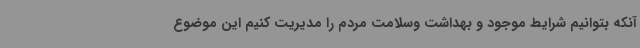
آنکه بتوانیم شرایط موجود و بهداشت وسلامت مردم را مدیریت کنیم این موضوع